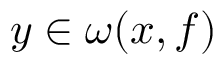
y \in \omega ( x , f )